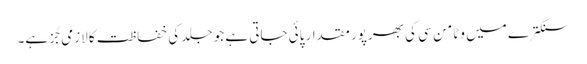
سنگترے میں وٹامن سی کی بھرپور مقدار پائی جاتی ہے جو جلد کی خفاظت کا لازمی جُز ہے۔